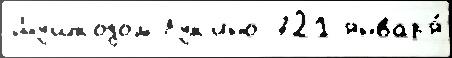
Шушкодом Лук'ино 721 январ'я́